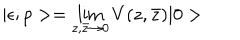
LaTeX: | \epsilon ; p > = \lim _ { z , \bar { z } \rightarrow 0 } V ( z , \bar { z } ) | 0 >